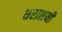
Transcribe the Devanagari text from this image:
धराशयी